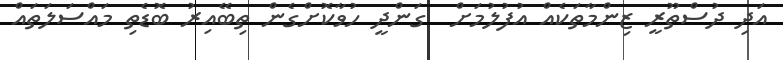
އަދި ދުސްތޫރީ ޒިންމާތަކެއް އުފުލުމަށް  ގަންދީ ހުވާކޮށްގެން ތިބޭއިރު ބޮޑެތި މައްސަލަތައް